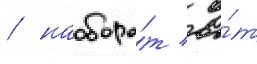
/ наоборо́т / о́т